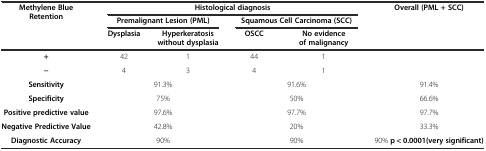
<table><thead><tr><td rowspan="3"><b>Methylene Blue Retention</b></td><td colspan="4"><b>Histological diagnosis</b></td><td rowspan="3"><b>Overall (PML + SCC)</b></td></tr><tr><td colspan="2"><b>Premalignant Lesion (PML)</b></td><td colspan="2"><b>Squamous Cell Carcinoma (SCC)</b></td></tr><tr><td><b>Dysplasia</b></td><td><b>Hyperkeratosis without dysplasia</b></td><td><b>OSCC</b></td><td><b>No evidence of malignancy</b></td></tr></thead><tbody><tr><td><b>+</b></td><td>42</td><td>1</td><td>44</td><td>1</td><td></td></tr><tr><td><b>−</b></td><td>4</td><td>3</td><td>4</td><td>1</td><td></td></tr><tr><td><b>Sensitivity</b></td><td colspan="2">91.3%</td><td colspan="2">91.6%</td><td>91.4%</td></tr><tr><td><b>Specificity</b></td><td colspan="2">75%</td><td colspan="2">50%</td><td>66.6%</td></tr><tr><td><b>Positive predictive value</b></td><td colspan="2">97.6%</td><td colspan="2">97.7%</td><td>97.7%</td></tr><tr><td><b>Negative Predictive Value</b></td><td colspan="2">42.8%</td><td colspan="2">20%</td><td>33.3%</td></tr><tr><td><b>Diagnostic Accuracy</b></td><td colspan="2">90%</td><td colspan="2">90%</td><td>90% <b>p &lt; 0.0001(very significant)</b></td></tr></tbody></table>